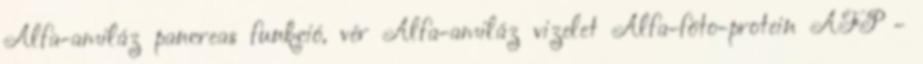
Alfa-amiláz pancreas funkció, vér Alfa-amiláz vizelet Alfa-föto-protein AFP -